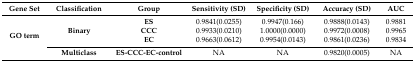
| Gene Set | Classification | Group | Sensitivity (SD) | Specificity (SD) | Accuracy (SD) | AUC |
 | --- | --- | --- | --- | --- | --- | --- |
 | <ROWSPAN=4> GO term | <ROWSPAN=3> Binary | ES | 0.9841(0.0255) | 0.9947(0.166) | 0.9888(0.0143) | 0.9881 |
 | CCC | 0.9933(0.0210) | 1.0000(0.0000) | 0.9972(0.0008) | 0.9965 |
 | EC | 0.9663(0.0612) | 0.9954(0.0143) | 0.9861(0.0236) | 0.9834 |
 | Multiclass | ES-CCC-EC-control | NA | NA | 0.9820(0.0005) | NA |